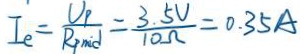
I _ { e } = \frac { U _ { p } } { R _ { p m i d } } = \frac { 3 . 5 V } { 1 0 \Omega } = 0 . 3 5 A